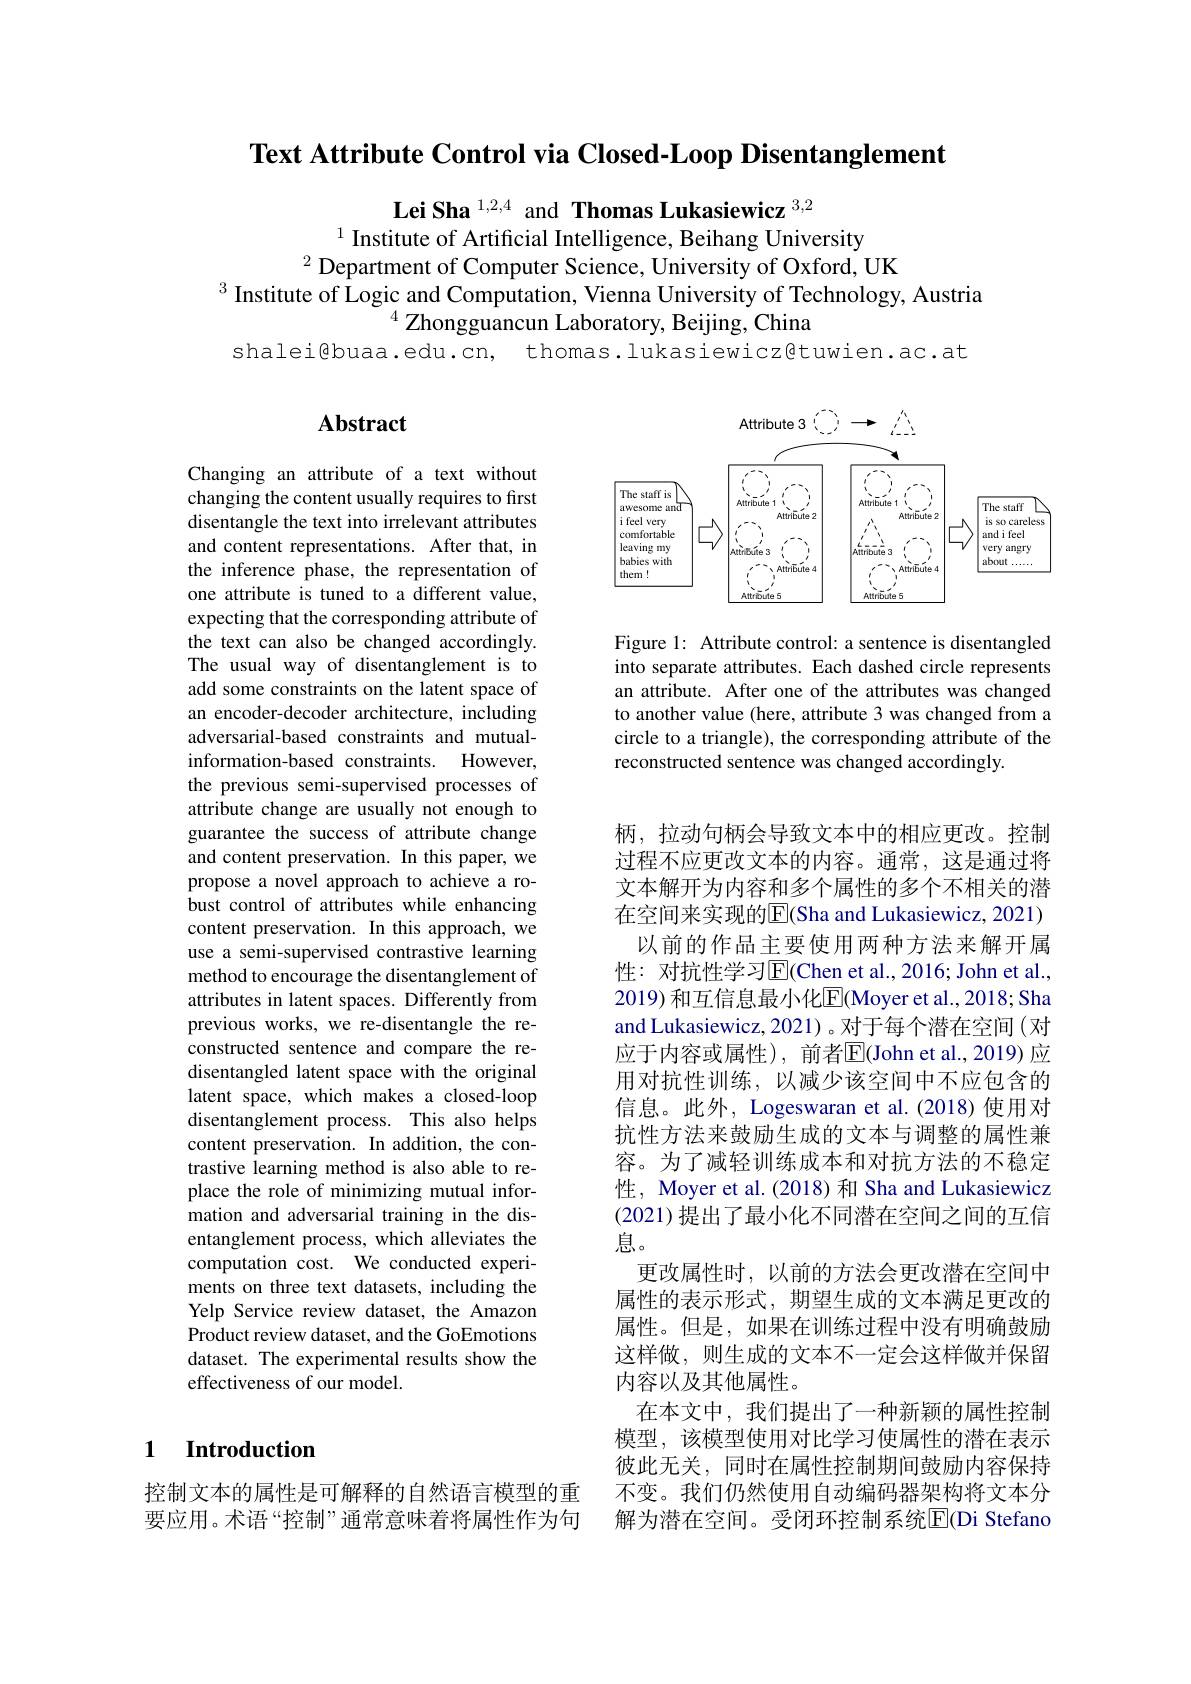
Text Attribute Control via Closed-Loop Disentanglement

Lei Sha $^{1,2,4}$ and Thomas Lukasiewicz $^{3,2}$

$^{1}$ Institute of Artificial Intelligence, Beihang University
$^{2}$ Department of Computer Science, University of Oxford, UK
$^3$ Institute of Logic and Computation, Vienna University of Technology, Austria
$^{4}$Zhongguancun Laboratory, Beijing, China
shalei@buaa.edu.cn, thomas.lukasiewicz@tuwien.ac.at

## $\mathbf{Abstract}$

<FigureHere>

Figure 1: Attribute control: a sentence is disentangled into separate attributes. Each dashed circle represents an attribute. After one of the attributes was changed to another value (here, attribute 3 was changed from a circle to a triangle), the corresponding attribute of the reconstructed sentence was changed accordingly

Changing an attribute of a text without changing the content usually requires to first disentangle the text into irrelevant attributes and content representations. After that, in the inference phase, the representation of one attribute is tuned to a different value, expecting that the corresponding attribute of the text can also be changed accordingly. The usual way of disentanglement is to add some constraints on the latent space of an encoder-decoder architecture, including adversarial-based constraints and mutualinformation-based constraints. However, the previous semi-supervised processes of attribute change are usually not enough to guarantee the success of attribute change and content preservation. In this paper, we propose a novel approach to achieve a robust control of attributes while enhancing content preservation. In this approach, we use a semi-supervised contrastive learning method to encourage the disentanglement of attributes in latent spaces. Differently from previous works, we re-disentangle the reconstructed sentence and compare the redisentangled latent space with the original latent space, which makes a closed-loop disentanglement process. This also helps content preservation. In addition, the contrastive learning method is also able to replace the role of minimizing mutual information and adversarial training in the disentanglement process, which alleviates the computation cost. We conducted experiments on three text datasets, including the Yelp Service review dataset, the Amazon Product review dataset, and the GoEmotions dataset. The experimental results show the effectiveness of our model.

柄，拉动句柄会导致文本中的相应更改。控制过程不应更改文本的内容。通常，这是通过将文本解开为内容和多个属性的多个不相关的潜在空间来实现的$\overline{\mathrm{E}}($Sha and Lukasiewicz, 2021)
以前的作品主要使用两种方法来解开属性：对抗性学习$\overline{\mathrm{E}}($Chen et al.,2016; John et al., 2019) 和互信息最小化$\overline{\mathrm{E}}($Moyer et al., 2018; Sha and Lukasiewicz, 2021) 。对于每个潜在空间 (对应于内容或属性), 前者$\overline{\mathbb{E}}($John et al.,2019) 应用对抗性训练，以减少该空间中不应包含的信息。此外，Logeswaran et al.(2018)使用对抗性方法来鼓励生成的文本与调整的属性兼容。为了减轻训练成本和对抗方法的不稳定性，Moyer et al.(2018) 和 Sha and Lukasiewicz (2021)提出了最小化不同潜在空间之间的互信息。
更改属性时，以前的方法会更改潜在空间中属性的表示形式，期望生成的文本满足更改的属性。但是，如果在训练过程中没有明确鼓励这样做，则生成的文本不一定会这样做并保留内容以及其他属性。
在本文中，我们提出了一种新颖的属性控制模型，该模型使用对比学习使属性的潜在表示彼此无关，同时在属性控制期间鼓励内容保持不变。我们仍然使用自动编码器架构将文本分解为潜在空间。受闭环控制系统$\overline{\mathbb{E}}($Di Stefano

## 1 Introduction

控制文本的属性是可解释的自然语言模型的重要应用。术语“控制”通常意味着将属性作为句